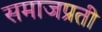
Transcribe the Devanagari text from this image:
समाजप्रती